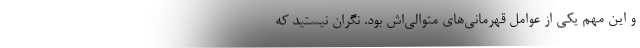
و این مهم یکی از عوامل قهرمانی‌های متوالی‌اش بود. نگران نیستید که